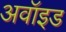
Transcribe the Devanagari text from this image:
अवॉइड